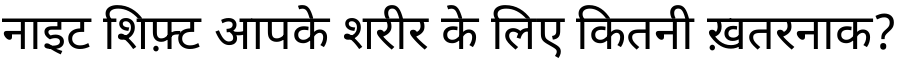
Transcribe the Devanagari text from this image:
नाइट शिफ़्ट आपके शरीर के लिए कितनी ख़तरनाक?